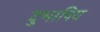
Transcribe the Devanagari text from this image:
दुभाषिय